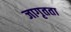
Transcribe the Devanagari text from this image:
जागृतता